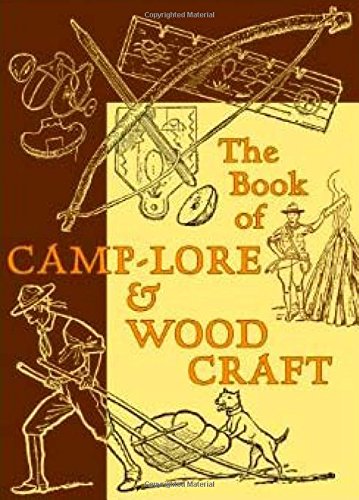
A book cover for The Book of Camp-Lore and Woodcraft (American Boy's Handy Book); Daniel Carter Beard; Sports & Outdoors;